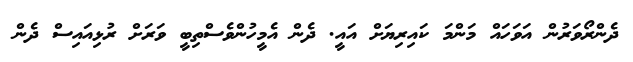
ދެންރޯވަރުން އަވަހައް މަންމަ ކައިރިޔަށް އައީ. ދެން އެމީހުންވެސްތިބީ ވަރަށް ރުޅިއައިސް ދެން